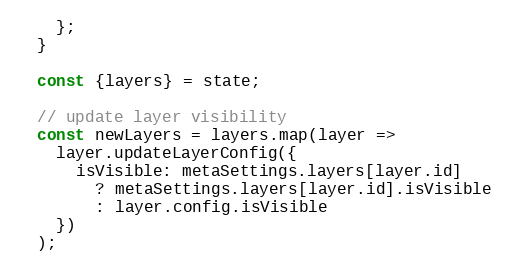
Language: JavaScript
    };
  }

  const {layers} = state;

  // update layer visibility
  const newLayers = layers.map(layer =>
    layer.updateLayerConfig({
      isVisible: metaSettings.layers[layer.id]
        ? metaSettings.layers[layer.id].isVisible
        : layer.config.isVisible
    })
  );